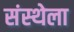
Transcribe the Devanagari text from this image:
संस्‍थ्‍ोला